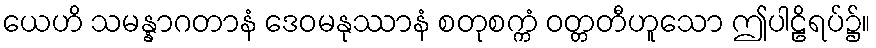
ယေဟိ သမန္နာဂတာနံ ဒေဝမနုဿာနံ စတုစက္ကံ ဝတ္တတီဟူသော ဤပါဠိရပ်၌။